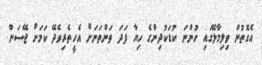
އެގޮތުން ވިލިމާލޭގައި ހުންނަ ކުޑަކުދިންގެ ހިޔާ ފަދަ ތަންތަނަށް އެހީތެރިވެދޭ ކަމަށް ޖޭސަން